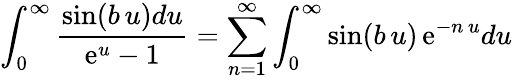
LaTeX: \int_{0}^{\infty}{\frac{\sin(b\, u)du}{\mathrm{e}^{u}-1}}=\sum_{n=1}^{\infty}\int_{0}^{\infty}\sin(b\, u)\, \mathrm{e}^{-n\, u}du